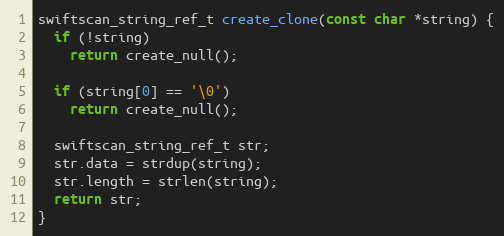
Language: C++
swiftscan_string_ref_t create_clone(const char *string) {
  if (!string)
    return create_null();

  if (string[0] == '\0')
    return create_null();

  swiftscan_string_ref_t str;
  str.data = strdup(string);
  str.length = strlen(string);
  return str;
}